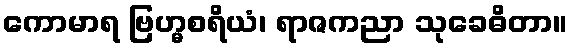
ကောမာရ ဗြဟ္မစရိယံ၊ ရာဇကညာ သုခေဓိတာ။